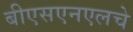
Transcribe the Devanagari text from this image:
बीएसएनएलचे